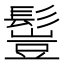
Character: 𩮖